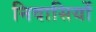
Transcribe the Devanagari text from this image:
निवासियों